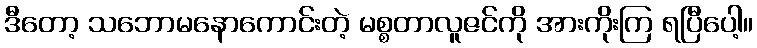
ဒီတော့ သဘောမနောကောင်းတဲ့ မစ္စတာလူဇင်ကို အားကိုးကြ ရပြီပေါ့။